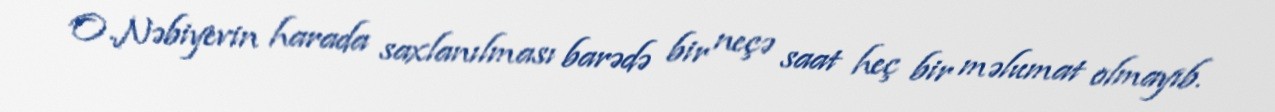
O.Nəbiyevin harada saxlanılması barədə bir neçə saat heç bir məlumat olmayıb.